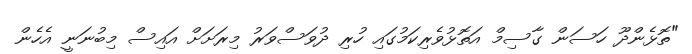
"ތޮޅެންދޫ ހަސަން ގާސިމް އަތޮޅުވެރިކަމުގައި ހުރި ދުވަސްވަރު މިރަށަށް އައިސް މިބުނަނީ އެހެން